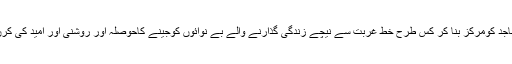
اُخوت مقامی مساجد کومرکز بنا کر کس طرح خط غربت سے نیچے زندگی گذارنے والے بے نوائوں کوجینے کاحوصلہ اور رُوشنی اور اُمید کی کرن دکھا رہی ہے۔